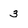
Character: 3